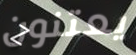
يعتنون